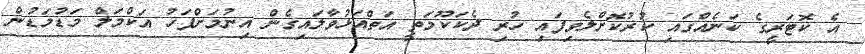
އެ ކޮޓަރީގެ ކަނެއްގައި ކުރުކޮށްލެވިފައި ހުރި ދެކަކޫމަތީ އަތްއަޅުވާލައިގެން އިނުމަށްފަހު އަކްމަލް މަޑުމަޑުން